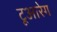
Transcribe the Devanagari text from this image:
टूआरेग